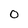
Character: 0